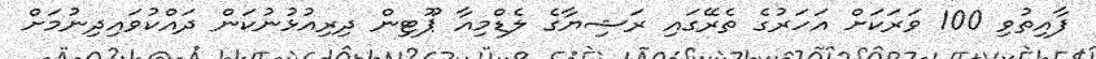
ފާއިތުވި 100 ވަރަކަށް އަހަރުގެ ތެރޭގައި ރަޝިޔާގެ ލެޑްމިއާ ޕޫޓިން ދިރިއުޅުނުކަން ދައްކުވައިދިނުމަށް